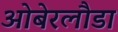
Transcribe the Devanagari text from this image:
ओबेरलौडा